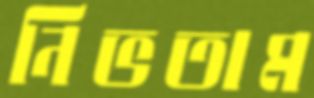
নিভতাম